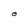
Character: O